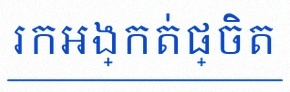
រកអង្កត់ផ្ចិត